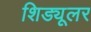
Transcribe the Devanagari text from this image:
शिड्यूलर